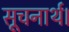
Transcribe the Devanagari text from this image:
सूचनार्थ।